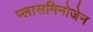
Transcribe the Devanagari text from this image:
प्लासमिनोजेन